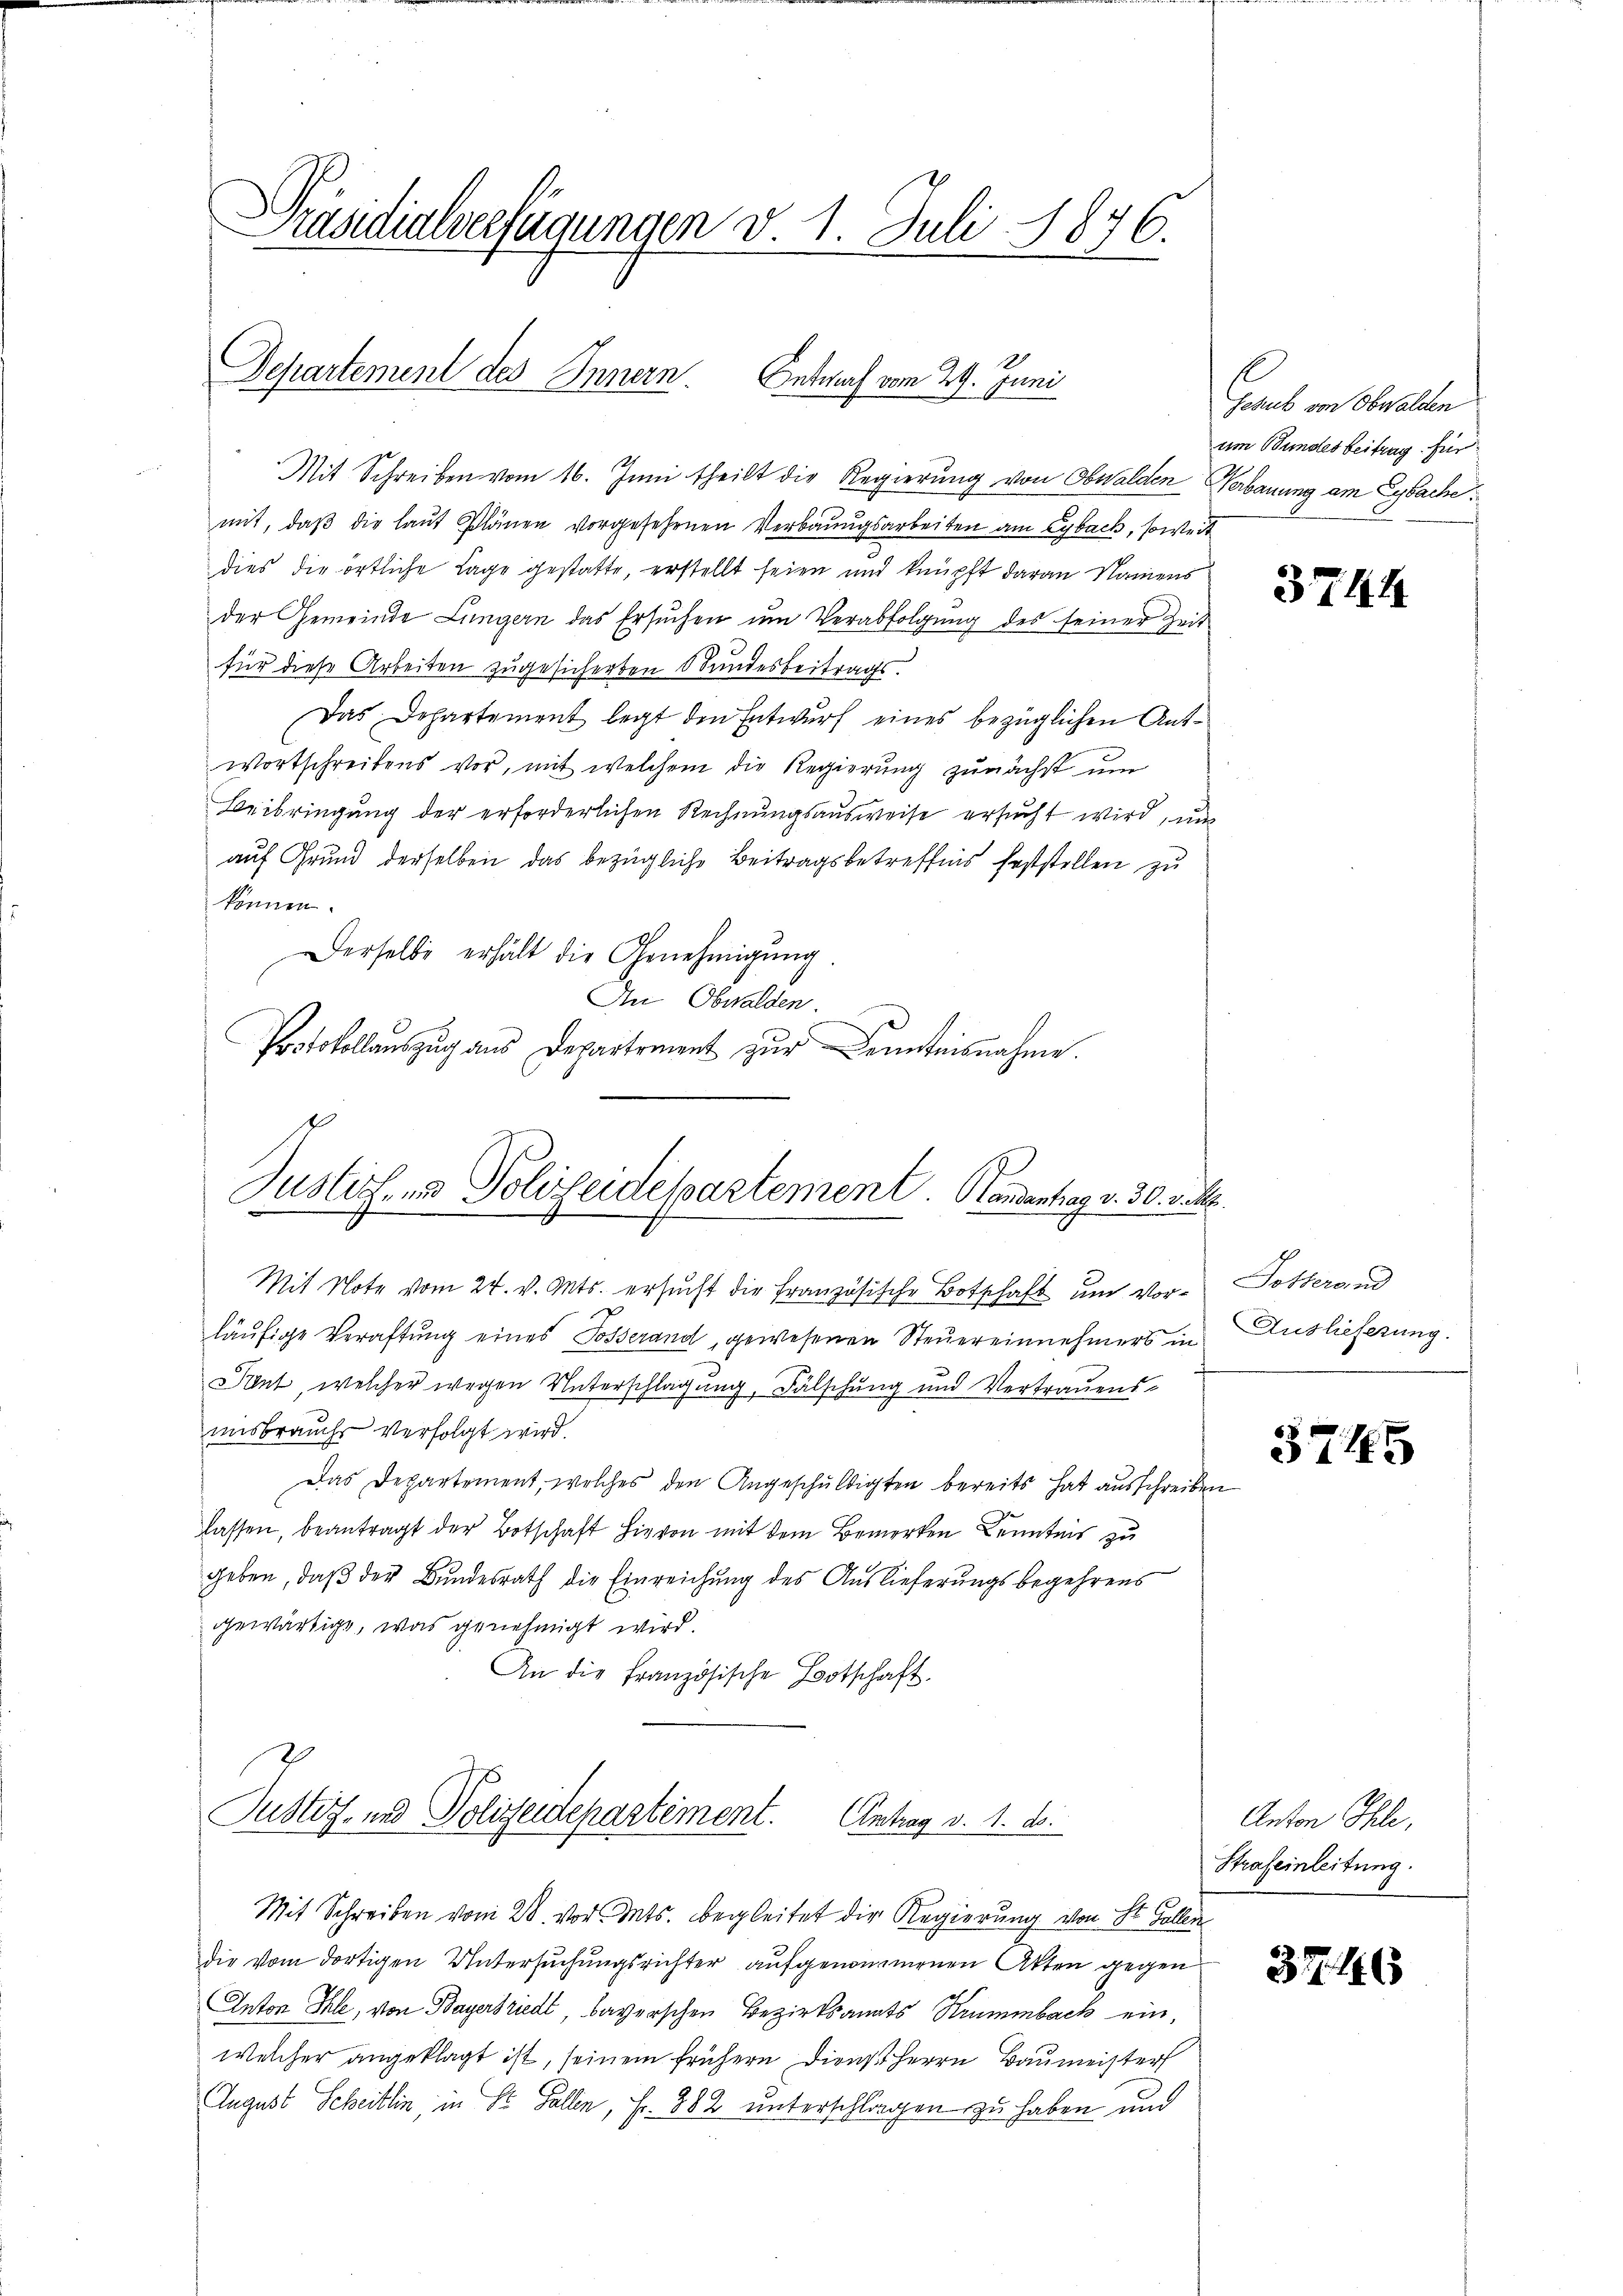
Präsidialverfügungen d. 1. Juli 1876.

Mit Schreiben vom 16. Juni theilt die Regierung von Obwalden Verbauung am Eybache
mit, daβ die laŭt Plänen vorgesehenen Verbaŭŭgsarbeiten am Eyback, soweit
dies die örtliche Lage gestatte, erstellt seien und knüpft daran Namens
der Gemeinde Lungern das Ersuchen um Verabfolgung des seiner Zeit
für diese Arbeiten zugesicherten Wundesbeitrags.
Das Departement legt den Entwurf eines bezüglichen Antwortschreibens vor, mit welchem die Regierung zunächst um
Beibringung der erforderlichen Rechnungsausweise ersucht wird, und
auf Grund derselben das bezügliche Beitragsbetreffnis feststellen zu
können.
Derselbe erhält die Genehmigung
An Obwalden.
Protokollauszug aus Departement zur einteisnahme.

Justicher Polizeidespartement. Handentrag v. 30. Jul.

Mit Note vom 24. v. Mts. ersucht die Französische Botschaft und Vorläufige Veraftung eines Sosserand, gewesenen Steuereinnehmers in
Pent, welcher wegen Unterschlagung, Fälschung und Vertrauensunsbrauch verfolgt wird.
Das Departement, welches den Angeschuldigten bereits hat ausschreiben
lassen, beantragt der Botschaft hievon mit dem Bemerken Kenntnis zu
geben, daß der Bundesrath die Einreichung des Auslieferungsbegehrens
gewärtige, was genehmigt wird.
An die Französische Botschaft.
8
Justiz- und Polizeidepartement. Antrag v. 1. ds.
Mit Schreiben vom 28. vor. Mts. begleitet der Regierung von St. Gallen
die vom dortigen Untersuchungsrichter aufgenommenen Akten gegen
Anton Ihle, von Bayersriedt, bayerschen Bezirksanats Krummbach einwelcher angeklagt ist, seinem frühern Dienst Herrn Baumeister
August Scheitlin, in St. Gallen, Fr. 862 unterschlagen zu haben und

Departement des Innern. Antraf vom 29. Juni

Schub von Obwalden
um Bundes beitrag für

3744

Sottersend
Auslieferung.

5745

Anton Ihle,
Strafeinleitung.

377. 416